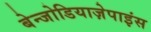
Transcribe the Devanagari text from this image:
बेन्जोडियाज़ेपाइंस